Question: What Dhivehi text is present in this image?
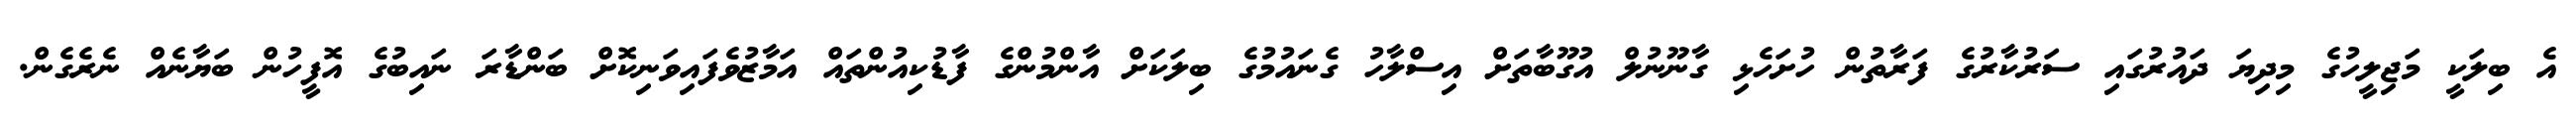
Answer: އެ ބިލަކީ މަޖިލީހުގެ މިދިޔަ ދައުރުގައި ސަރުކާރުގެ ފަރާތުން ހުށަހެޅި ގާނޫނުލް އުގޫބާތަށް އިސްލާހު ގެނައުމުގެ ބިލަކަށް އާންމުންގެ ފާޑުކިއުންތައް އަމާޒުވެފައިވަނިކޮށް ބަންޑާރަ ނައިބުގެ އޮފީހުން ބަޔާނެއް ނެރެގެން.